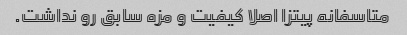
متاسفانه پیتزا اصلا کیفیت و مزه سابق رو نداشت.